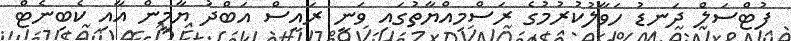
ފުޓްސަލް ދަނޑު ހަވާލުކުރުމުގެ ރަސްމިއްޔާތުގައި ވަނީ ރައީސް އަބްދު ޔާމީން އާއި ކެބިނެޓް